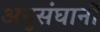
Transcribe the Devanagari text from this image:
अनुसंघानों